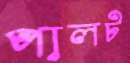
পালট